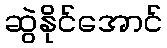
ဆွဲနိုင်အောင်